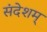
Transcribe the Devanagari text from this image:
संदेशम्